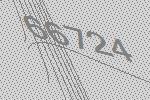
66724